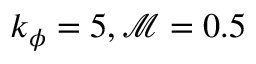
k _ { \phi } = 5 , \mathcal { M } = 0 . 5